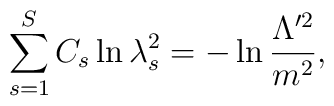
\sum_{s=1}^S C_s\ln\lambda_s^2=-\ln\frac{\Lambda^{\prime2}}                                   {m^2},